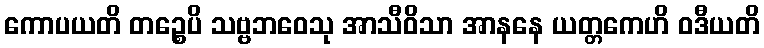
ကောပယတိ တဉ္စေပိ သဗ္ဗဘဝေသု အာသီဝိသာ အာနနေ ယတ္တကေဟိ ဝဒီယတိ